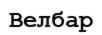
Велбар